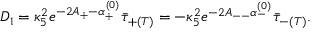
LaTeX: D _ { 1 } = \kappa _ { 5 } ^ { 2 } e ^ { - 2 A _ { + } - \alpha _ { + } ^ { ( 0 ) } } \bar { \tau } _ { + ( T ) } = - \kappa _ { 5 } ^ { 2 } e ^ { - 2 A _ { -- } \alpha _ { - } ^ { ( 0 ) } } \bar { \tau } _ { - ( T ) } .